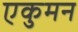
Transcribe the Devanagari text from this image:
एकुमन